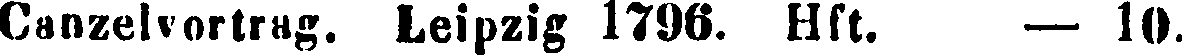
Canzelvortrag. Leipzig 1796. Hft. — 10.